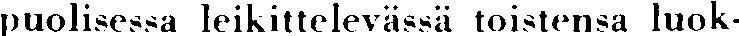
puolisessa leikittelevässä toistensa luok-